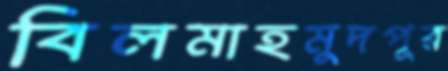
বিলমাহমুদপুর